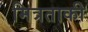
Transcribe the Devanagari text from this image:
मित्रताकी